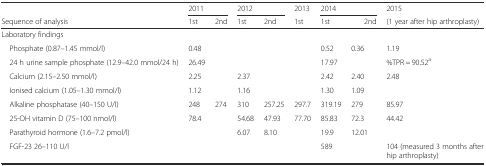
<table><thead><tr><td></td><td colspan="2"><b>2011</b></td><td colspan="2"><b>2012</b></td><td><b>2013</b></td><td colspan="3"><b>2014</b></td><td><b>2015</b></td></tr><tr><td><b>Sequence of analysis</b></td><td><b>1st</b></td><td><b>2nd</b></td><td><b>1st</b></td><td><b>2nd</b></td><td><b>1st</b></td><td colspan="2"><b>1st</b></td><td><b>2nd</b></td><td><b>(1 year after hip arthroplasty)</b></td></tr></thead><tbody><tr><td>Laboratory findings</td><td></td><td></td><td></td><td></td><td></td><td></td><td colspan="2"></td><td></td></tr><tr><td> Phosphate (0.87–1.45 mmol/l)</td><td>0.48</td><td></td><td></td><td></td><td></td><td>0.52</td><td colspan="2">0.36</td><td>1.19</td></tr><tr><td> 24 h urine sample phosphate (12.9–42.0 mmol/24 h)</td><td>26.49</td><td></td><td></td><td></td><td></td><td>17.97</td><td colspan="2"></td><td>%TPR = 90.52<sup>a</sup></td></tr><tr><td> Calcium (2.15–2.50 mmol/l)</td><td>2.25</td><td></td><td>2.37</td><td></td><td></td><td>2.42</td><td colspan="2">2.40</td><td>2.48</td></tr><tr><td> Ionised calcium (1.05–1.30 mmol/l)</td><td>1.12</td><td></td><td>1.16</td><td></td><td></td><td>1.30</td><td colspan="2">1.09</td><td></td></tr><tr><td> Alkaline phosphatase (40–150 U/l)</td><td>248</td><td>274</td><td>310</td><td>257.25</td><td>297.7</td><td>319.19</td><td colspan="2">279</td><td>85.97</td></tr><tr><td> 25-OH vitamin D (75–100 nmol/l)</td><td>78.4</td><td></td><td>54.68</td><td>47.93</td><td>77.70</td><td>85.83</td><td colspan="2">72.3</td><td>44.42</td></tr><tr><td> Parathyroid hormone (1.6–7.2 pmol/l)</td><td></td><td></td><td>6.07</td><td>8.10</td><td></td><td>19.9</td><td colspan="2">12.01</td><td></td></tr><tr><td> FGF-23 26–110 U/l</td><td></td><td></td><td></td><td></td><td></td><td>589</td><td colspan="2"></td><td>104 (measured 3 months after hip arthroplasty)</td></tr></tbody></table>